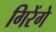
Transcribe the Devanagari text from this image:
गिरेंगे